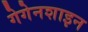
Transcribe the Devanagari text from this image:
गेगेनशाइन